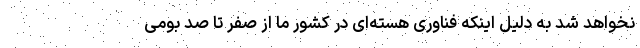
نخواهد شد به دلیل اینکه فناوری هسته‌ای در کشور ما از صفر تا صد بومی